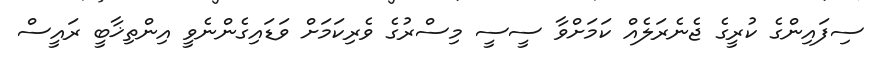
ސިފައިންގެ ކުރީގެ ޖެނެރަލެއް ކަމަށްވާ ސީސީ މިސްރުގެ ވެރިކަމަށް ވަޑައިގެންނެވީ އިންތިޚާބީ ރައީސް